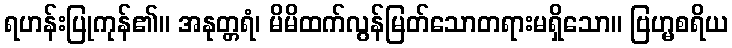
ရဟန်းပြုကုန်၏။ အနုတ္တရံ၊ မိမိထက်လွန်မြတ်သောတရားမရှိသော။ ဗြဟ္မစရိယ